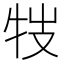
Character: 𤘸